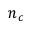
n _ { c }